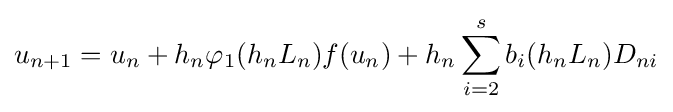
u_{n+1}=u_{n}+h_{n}\varphi _{1}(h_{n}L_{n})f(u_{n})+h_{n}\sum _{i=2}^{s}b_{i}(h_{n}L_{n})D_{ni}